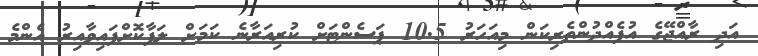
އަދި ރާއްޖޭގެ އުފެއްދުންތެރިކަން މިއަހަރު 10.5 ޕަސެންޓަށް ކުރިއަރާނެ ކަމަށް ލަފާކޮށްފައިވާއިރު އެންމެ